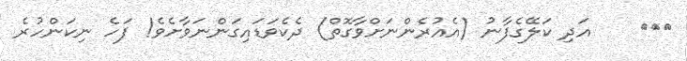
١٧٩    އަދި ކަލޭގެފާނު (އެއުރެންނަށްވާގޮތް) ދެކެވަޑައިގަންނަވާށެވެ! ފަހެ ނިކަންހުރެ